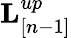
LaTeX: {\mathbf L}_{[n-1]}^{up}